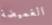
الغميضة